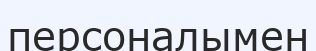
персоналымен